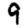
Digit: 9